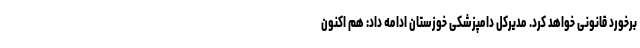
برخورد قانونی خواهد کرد. مدیرکل دامپزشکی خوزستان ادامه داد: هم اکنون